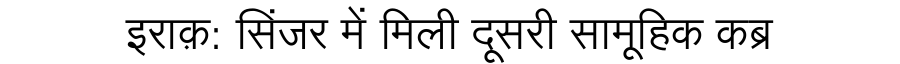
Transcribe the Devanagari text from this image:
इराक़: सिंजर में मिली दूसरी सामूहिक कब्र